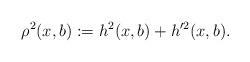
LaTeX: \begin{align*}\rho^2(x,b):=h^2(x,b)+h'^2(x,b).\end{align*}